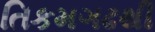
તિકમગઢથી